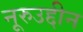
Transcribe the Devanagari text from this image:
नूरुउद्दीन